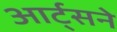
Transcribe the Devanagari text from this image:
आर्ट्‌सने